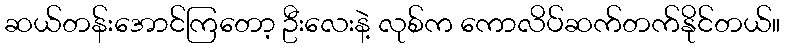
ဆယ်တန်းအောင်ကြတော့ ဦးလေးနဲ့ လုစ်က ကောလိပ်ဆက်တက်နိုင်တယ်။